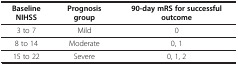
| Baseline NIHSS | Prognosis group | 90-day mRS for successful outcome |
 | --- | --- | --- |
 | 3 to 7 | Mild | 0 |
 | 8 to 14 | Moderate | 0, 1 |
 | 15 to 22 | Severe | 0, 1, 2 |